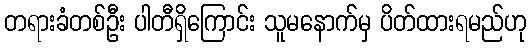
တရားခံတစ်ဦး ပါတီရှိကြောင်း သူမနောက်မှ ပိတ်ထားရမည်ဟု